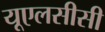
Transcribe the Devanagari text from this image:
यूएलसीसी